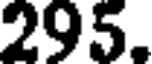
295.